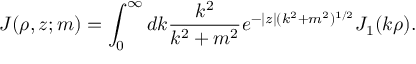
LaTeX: J ( \rho , z ; m ) = \int _ { 0 } ^ { \infty } d k \frac { k ^ { 2 } } { k ^ { 2 } + m ^ { 2 } } e ^ { - | z | ( k ^ { 2 } + m ^ { 2 } ) ^ { 1 / 2 } } J _ { 1 } ( k \rho ) .